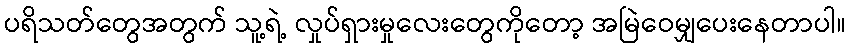
ပရိသတ်တွေအတွက် သူ့ရဲ့ လှုပ်ရှားမှုလေးတွေကိုတော့ အမြဲဝေမျှပေးနေတာပါ။